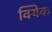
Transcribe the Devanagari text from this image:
क्यिक